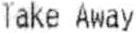
TAKE AWAY